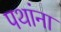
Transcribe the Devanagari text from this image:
पथांना